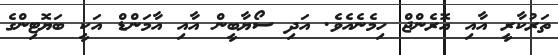
ތަރުކާރީ އާއި އޮރެންޖް ހިމެނެއެވެ. އަދި ސޯޔާބީން އާއި އާމަންޑް އަކީ ބަޔޮޓިންގެ